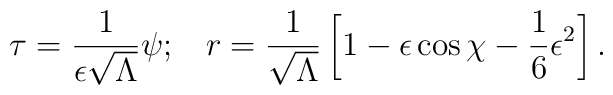
\tau = \frac{1}{\epsilon\sqrt{\Lambda}} \psi; \;\;\;r = \frac{1}{\sqrt{\Lambda}}\left[1 - \epsilon\cos\chi - \frac{1}{6} \epsilon^2 \right].